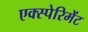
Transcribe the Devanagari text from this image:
एक्स्पेरिमेंट